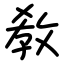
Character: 敎